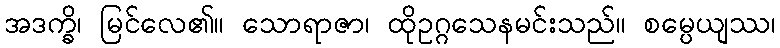
အဒက္ခိ၊ မြင်လေ၏။ သောရာဇာ၊ ထိုဥဂ္ဂသေနမင်းသည်။ စမ္ပေယျဿ၊